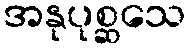
အနုပုစ္ဆသေ